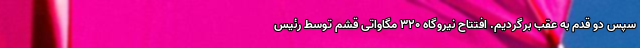
سپس دو قدم به عقب برگردیم. افتتاح نیروگاه ۳۲۰ مگاواتی قشم توسط رئیس